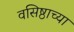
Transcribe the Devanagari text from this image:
वसिष्ठाच्या